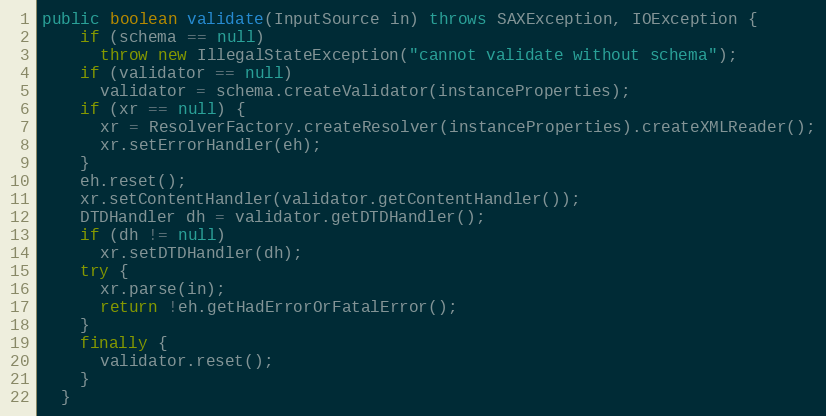
Language: Java
public boolean validate(InputSource in) throws SAXException, IOException {
    if (schema == null)
      throw new IllegalStateException("cannot validate without schema");
    if (validator == null)
      validator = schema.createValidator(instanceProperties);
    if (xr == null) {
      xr = ResolverFactory.createResolver(instanceProperties).createXMLReader();
      xr.setErrorHandler(eh);
    }
    eh.reset();
    xr.setContentHandler(validator.getContentHandler());
    DTDHandler dh = validator.getDTDHandler();
    if (dh != null)
      xr.setDTDHandler(dh);
    try {
      xr.parse(in);
      return !eh.getHadErrorOrFatalError();
    }
    finally {
      validator.reset();
    }
  }